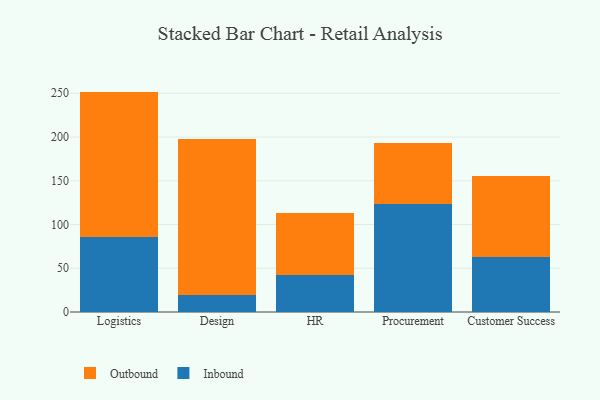
{"axis": {"x": "Department", "y": "Page Views"}, "legend": ["Inbound", "Outbound"], "data": [{"x": "Logistics", "y": 86.1, "type": "Inbound"}, {"x": "Logistics", "y": 165.8, "type": "Outbound"}, {"x": "Design", "y": 19.2, "type": "Inbound"}, {"x": "Design", "y": 178.7, "type": "Outbound"}, {"x": "HR", "y": 42.4, "type": "Inbound"}, {"x": "HR", "y": 70.7, "type": "Outbound"}, {"x": "Procurement", "y": 123.6, "type": "Inbound"}, {"x": "Procurement", "y": 69.5, "type": "Outbound"}, {"x": "Customer Success", "y": 62.7, "type": "Inbound"}, {"x": "Customer Success", "y": 92.3, "type": "Outbound"}]}